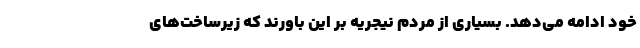
خود ادامه می‌دهد. بسیاری از مردم نیجریه بر این باورند که زیرساخت‌های